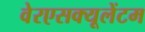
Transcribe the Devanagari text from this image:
वेरएसक्यूलेंटम